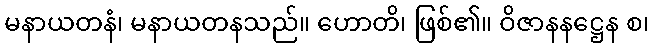
မနာယတနံ၊ မနာယတနသည်။ ဟောတိ၊ ဖြစ်၏။ ဝိဇာနနဋ္ဌေန စ၊